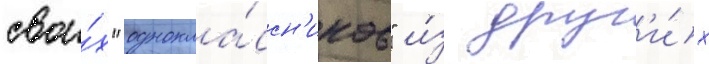
свои́х "однокла́ссн'иков" и́з друг'и́х